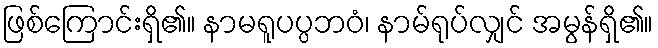
ဖြစ်ကြောင်းရှိ၏။ နာမရူပပ္ပဘဝံ၊ နာမ်ရုပ်လျှင် အမွန်ရှိ၏။